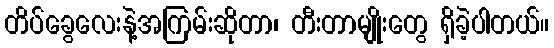
တိပ်ခွေလေးနဲ့အကြမ်းဆိုတာ၊ တီးတာမျိုးတွေ ရှိခဲ့ပါတယ်။